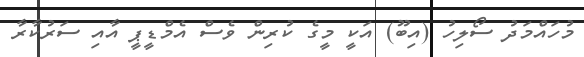
މުހައްމަދު ސޯލިހު (އިބޫ) އަކީ މީގެ ކުރިން ވެސް އެމްޑީޕީ އާއި ސަރުކާރާ